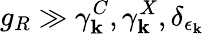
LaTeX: g_{R}\gg\gamma_{\mathbf k}^{C},\gamma_{\mathbf k}^{X},\delta_{\epsilon_{\mathbf k}}